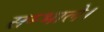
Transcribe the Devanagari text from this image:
सम्भाले।